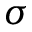
\sigma